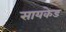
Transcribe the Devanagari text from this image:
सायकेड